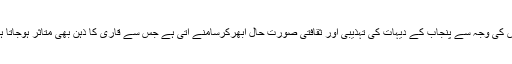
جس کی وجہ سے پنجاب کے دیہات کی تہذیبی اور ثقافتی صورتِ حال ابھرکرسامنے آتی ہے جس سے قاری کا ذہن بھی متاثر ہوجاتا ہے۔